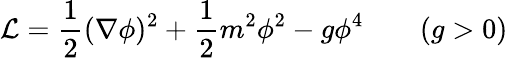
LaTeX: {\cal L}={\frac{1}{2}}(\nabla\phi)^{2}+{\frac{1}{2}}m^{2}\phi^{2}-g\phi^{4}\qquad(g>0)